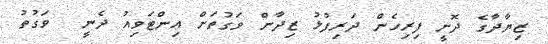
ޒިޔާދާގެ ދޮށީ ފިރިހެން ދަރިފުޅު ޒިދާން ވަގުތަށް އިންޓަވިއު ދެނީ  ވަގުތު